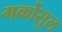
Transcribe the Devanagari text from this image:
मर्कोसुल